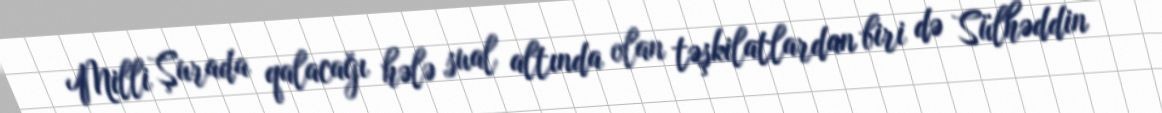
Milli Şurada qalacağı hələ sual altında olan təşkilatlardan biri də Sülhəddin